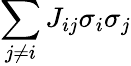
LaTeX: \sum_{j\neq i}J_{ij}\sigma_{i}\sigma_{j}